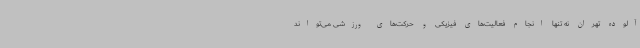
آلوده تهران نه تنها انجام فعالیت‌های فیزیکی و حرکت‌های ورزشی می‌تواند